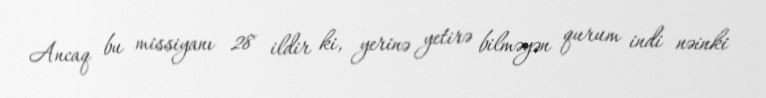
Ancaq bu missiyanı 28 ildir ki, yerinə yetirə bilməyən qurum indi nəinki